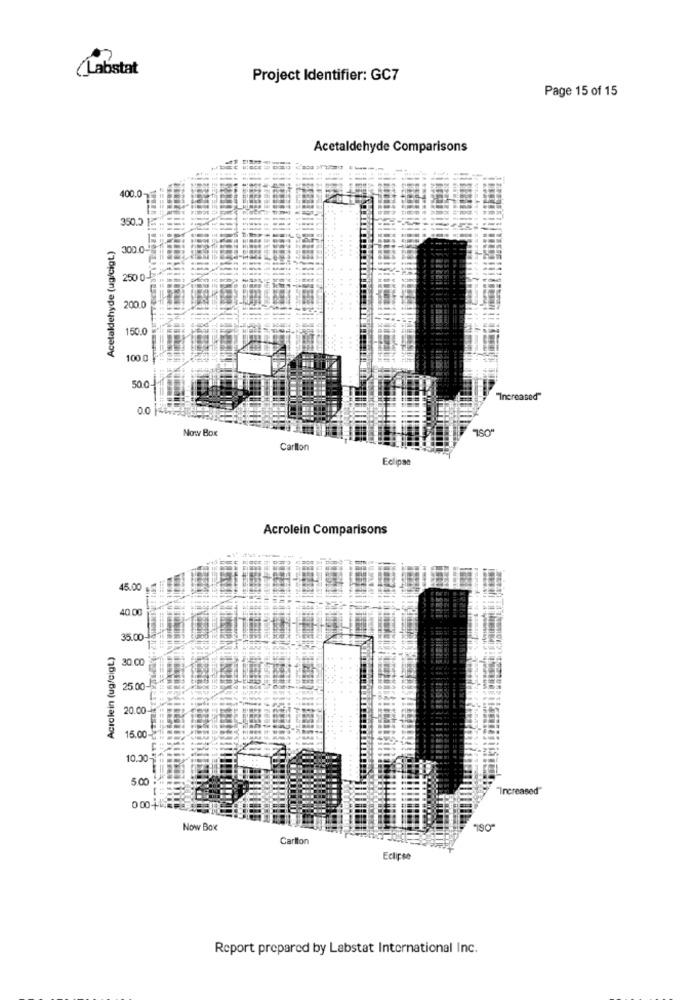
(Labstat
Project Identifier: GC7
Page 15 of 15
Acetaldehyde Comparisons
400.0-
350.5
Acetaldehyde (ug/cigt)
300.0-
250 0-
200.0
150.0
100.0
500
"Increased"
00
Now BOK
Carllon
Eclipse
Acrolein Comparisons
45.00
40.00
35.00
Acıalein (ug/cigt)
30.00
25.00-
015
20.00-
15.00-
10.00
5.00
"Increased"
Now Box
Carlton
Eclipse
Report prepared by Labstat International Inc.